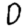
Digit: 0